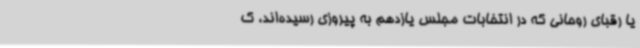
یا رقبای روحانی که در انتخابات مجلس یازدهم به پیروزی رسیده‌اند، ک